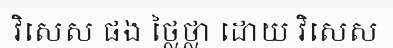
វិសេស ផង ថ្លៃថ្លា ដោយ វិសេស